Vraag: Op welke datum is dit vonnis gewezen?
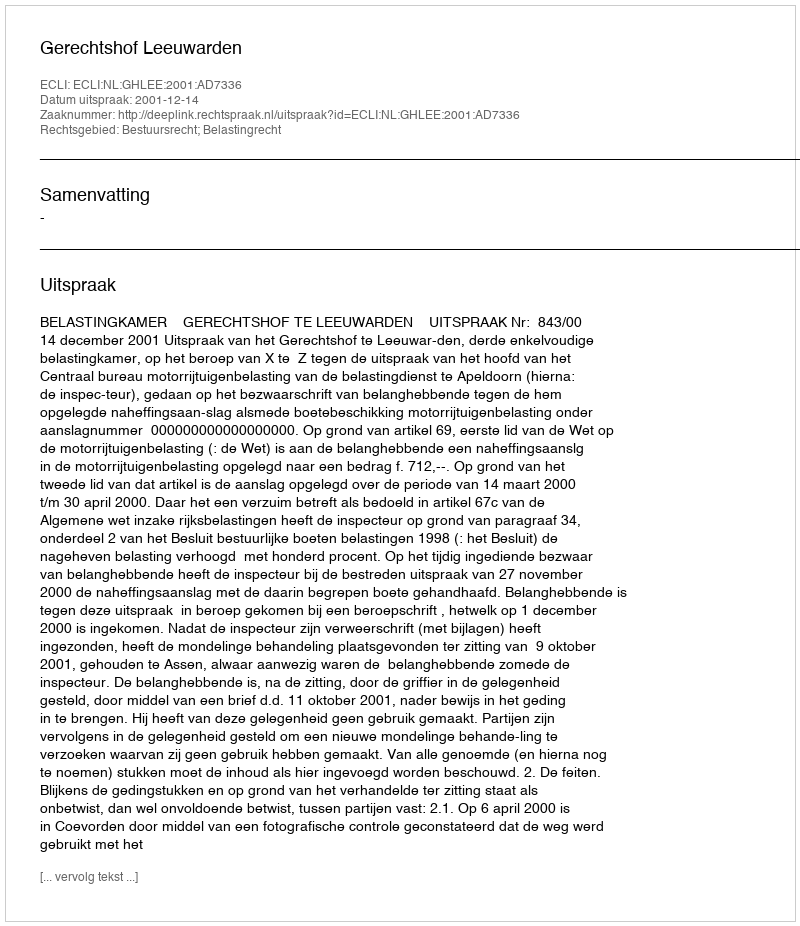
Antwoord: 2001-12-14